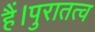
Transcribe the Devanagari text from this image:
हैं।पुरातत्व